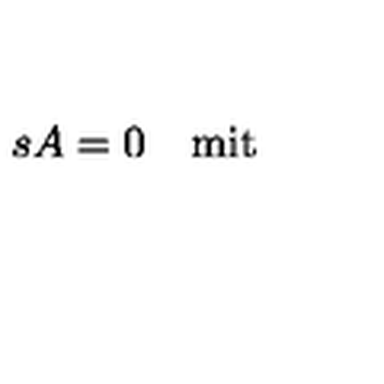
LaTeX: s A = 0 \quad \mathrm { m i t } \quad